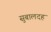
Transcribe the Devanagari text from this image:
सुबालदह